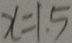
x = 1 . 5